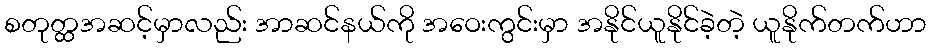
စတုတ္ထအဆင့်မှာလည်း အာဆင်နယ်ကို အဝေးကွင်းမှာ အနိုင်ယူနိုင်ခဲ့တဲ့ ယူနိုက်တက်ဟာ